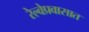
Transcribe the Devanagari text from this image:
रेल्वेप्रवासात